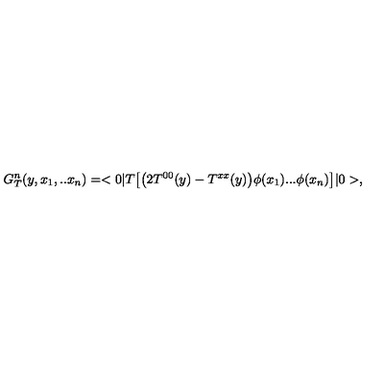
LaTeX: G _ { T } ^ { n } ( y , x _ { 1 } , . . x _ { n } ) = < 0 | T \bigl [ \bigl ( 2 T ^ { 0 0 } ( y ) - T ^ { x x } ( y ) \bigr ) \phi ( x _ { 1 } ) . . . \phi ( x _ { n } ) \bigr ] | 0 > ,